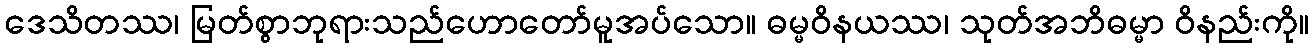
ဒေသိတဿ၊ မြတ်စွာဘုရားသည်ဟောတော်မူအပ်သော။ ဓမ္မဝိနယဿ၊ သုတ်အဘိဓမ္မာ ဝိနည်းကို။